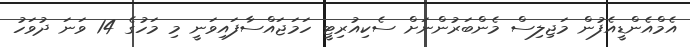
އެމްއެންޑީއެފުން މަޖިލިސް މެންބަރުންނަށް ސެކިއުރިޓީ ހަމަޖައްސާފައިވަނީ މި މަހުގެ 14 ވަނަ ދުވަހު